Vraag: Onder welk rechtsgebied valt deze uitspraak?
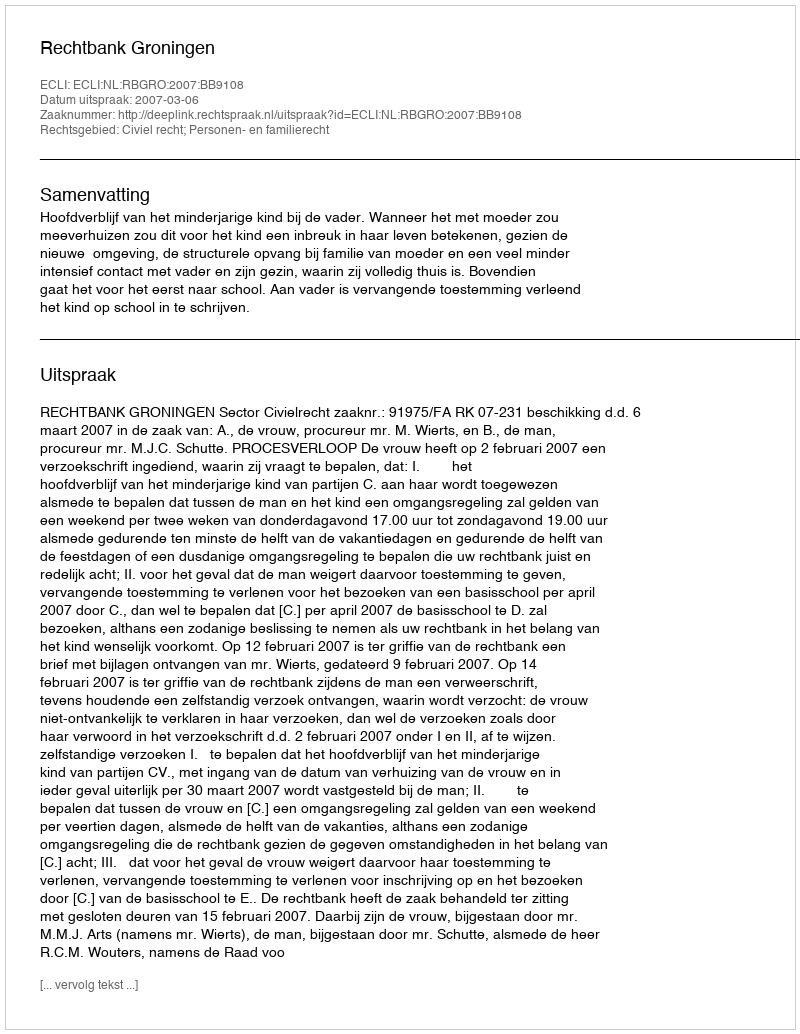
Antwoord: Civiel recht; Personen- en familierecht